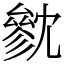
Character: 㓄